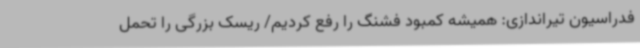
فدراسیون تیراندازی: همیشه کمبود فشنگ را رفع کردیم/ ریسک بزرگی را تحمل